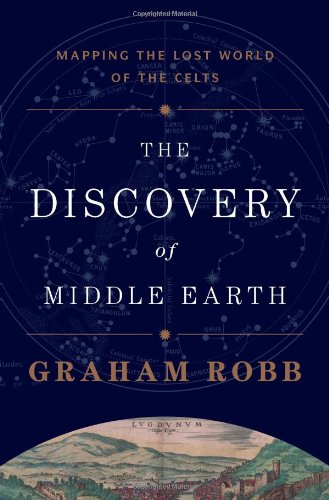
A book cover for The Discovery of Middle Earth: Mapping the Lost World of the Celts; Graham Robb; History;